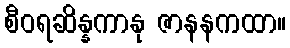
စီဝရဆိန္နကာနု ဇာနနကထာ။